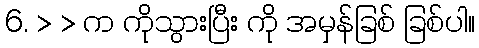
6. > > က ကိုသွားပြီး ကို အမှန်ခြစ် ခြစ်ပါ။